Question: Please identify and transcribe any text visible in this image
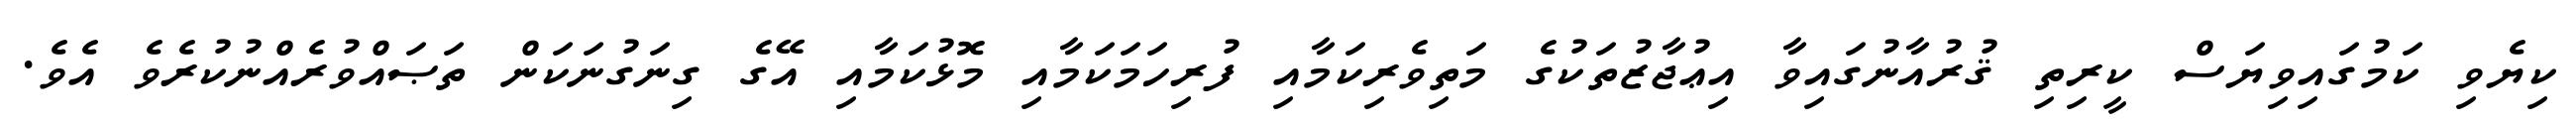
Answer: ކިޔެވި ކަމުގައިވިޔަސް ކީރިތި ޤުރުއާނުގައިވާ އިޢުޖާޒުތަކުގެ މަތިވެރިކަމާއި ފުރިހަމަކަމާއި މޮޅުކަމާއި އޭގެ ގިނަގުނަކަން ތަޞައްވުރެއްނުކުރެވެ އެވެ.